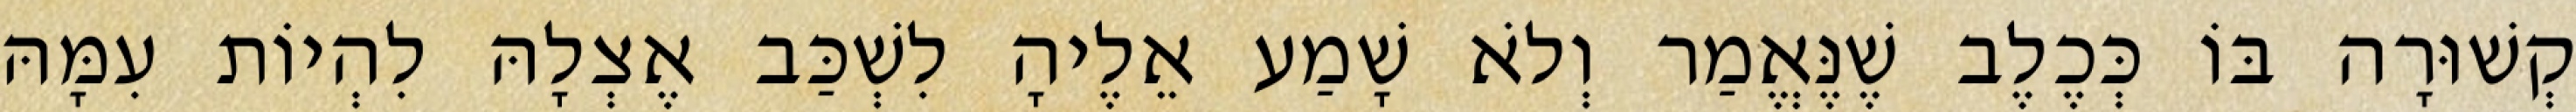
קְשׁוּרָה בּוֹ כְּכֶלֶב שֶׁנֶּאֱמַר וְלֹא שָׁמַע אֵלֶיהָ לִשְׁכַּב אֶצְלָהּ לִהְיוֹת עִמָּהּ